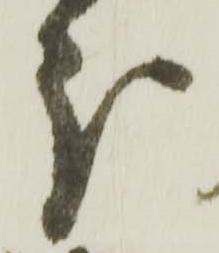
分